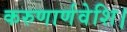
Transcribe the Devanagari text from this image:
करुणार्णवेशि।